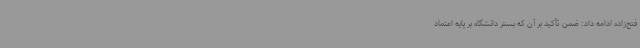
فتح‌زاده ادامه داد: ضمن تأکید بر آن که بستر دانشگاه بر پایه اعتماد